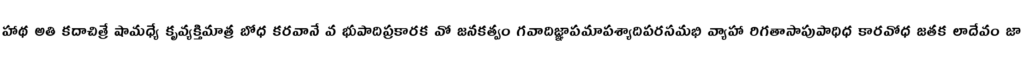
హాథ అతి కదాచిత్రే షామధ్యే కృవ్యక్తిమాత్ర బోధ కరవానే వ భుపాదిప్రకారక వో జనకత్వం గవాదిజ్ఞాపమాపశ్యాదిపరసమభి వ్యాహా రిగతాసాపుపాధిధ కారవోధ జతక లాదేవం జా